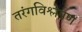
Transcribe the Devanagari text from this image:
तरंगविश्लेषण